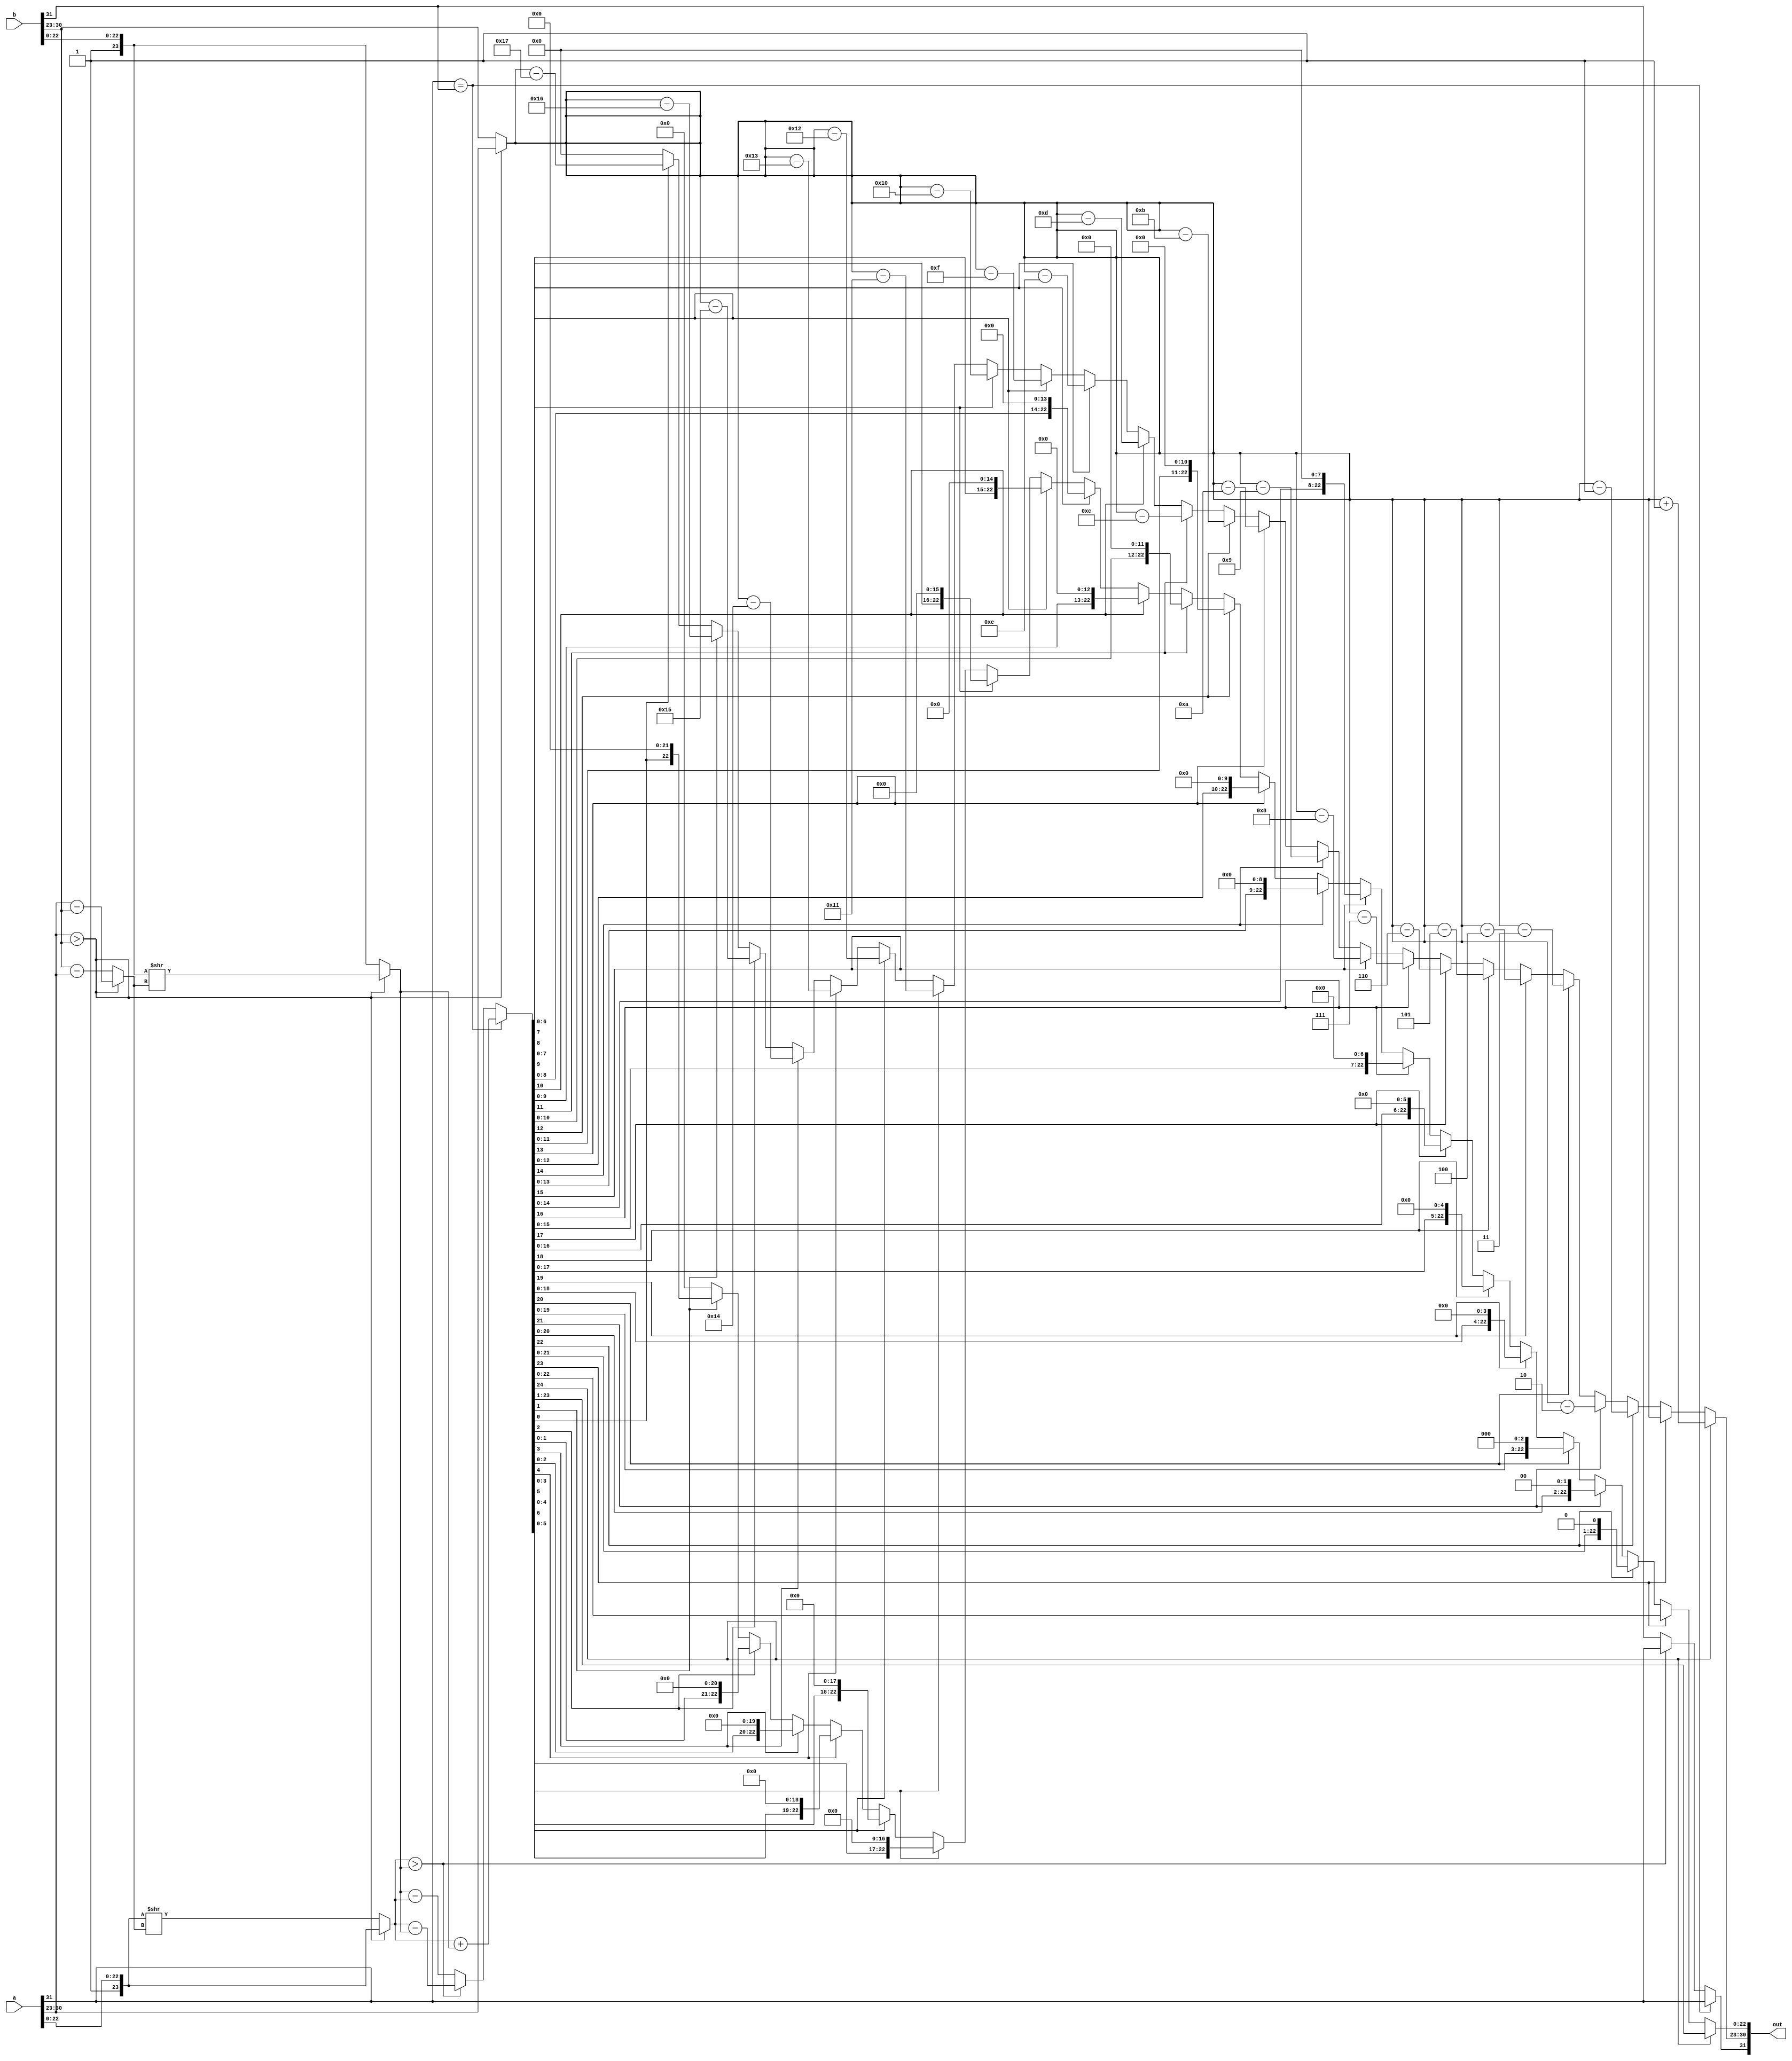
module cong_32bit(a,b,out);

input [31:0] a,b;
output reg [31:0] out;
//output reg [7:0] out_fa2,out_fb2;
//output reg [24:0] out_sum;

wire [7:0] ea,eb,number,mu;
wire [23:0] fa,fb;
reg [24:0] sum;
reg [23:0] fa2,fb2;


assign ea = a[30:23]   ;
assign eb = b[30:23] ;
assign number = (ea > eb) ? ea-eb : eb-ea;
assign mu = (ea > eb) ? ea  : eb ;


assign fa[22:0] = a[22:0];
assign fa[23] = 1'b1;
assign fb[22:0] = b[22:0];
assign fb[23] = 1'b1;




always@ (*)
begin
		//Dua ve cho cung so E
		if (ea > eb)
			begin
				fb2 = fb >> number;
				fa2 = fa;
			end
		else 
			begin
				fa2 = fa >> number;
				fb2 = fb;		
			end
		
		
		//out_fa2 = number;
		//out_fb2 = mu;
		
		//Neu 2 so cung dau S
		if (a[31] == b[31])
			begin
				sum = fa2 + fb2 ;	
				out[31] = a[31] ;	
			end		
		else	// Neu hai so khac dau S
			begin
				if(fa2 > fb2)
					begin
						sum = fa2 - fb2 ;
						out[31] = a[31];
					end
				else
					begin
						sum = fb2 - fa2;
						out[31] = b[31];
				   end
				
			end
			//normalise ket qua, check overflow
			if(sum[24] == 1)
				begin
					out[22:0] = sum[23:1];
					out[30:23] = mu  + 8'd1 ; 
				end
			else if(sum[23] == 1 )
				begin
					out[22:0] = sum[22:0];
					out[30:23] = mu  ; 
				end
			else if(sum[22] == 1 )
				begin
					out[22:0] = {sum[21:0],1'd0};
					out[30:23] = mu - 8'd1; 
				end
				
				
			else if(sum[21] == 1 )
				begin
					out[22:0] = {sum[20:0],2'd0};
					out[30:23] = mu - 8'd2; 
				end
			else if(sum[20] == 1 )
				begin
					out[22:0] = {sum[19:0],3'd0};
					out[30:23] = mu - 8'd3; 
				end
			else if(sum[19] == 1 )
				begin
					out[22:0] = {sum[18:0],4'd0};
					out[30:23] = mu - 8'd4; 
				end
			else if(sum[18] == 1 )
				begin
					out[22:0] = {sum[17:0],5'd0};
					out[30:23] = mu - 8'd5; 
				end
			else if(sum[17] == 1 )
				begin
					out[22:0] = {sum[16:0],6'd0};
					out[30:23] = mu - 8'd6; 
				end
			else if(sum[16] == 1 )
				begin
					out[22:0] = {sum[15:0],7'd0};
					out[30:23] = mu - 8'd7; 
				end
			else if(sum[15] == 1 )
				begin
					out[22:0] = {sum[14:0],8'd0};
					out[30:23] = mu - 8'd8; 
				end
			else if(sum[14] == 1 )
				begin
					out[22:0] = {sum[13:0],9'd0};
					out[30:23] = mu - 8'd9; 
				end
			else if(sum[13] == 1 )
				begin
					out[22:0] = {sum[12:0],10'd0};
					out[30:23] = mu - 8'd10; 
				end
			else if(sum[12] == 1 )
				begin
					out[22:0] = {sum[11:0],11'd0};
					out[30:23] = mu - 8'd11; 
				end
			else if(sum[11] == 1 )
				begin
					out[22:0] = {sum[10:0],12'd0};
					out[30:23] = mu - 8'd12; 
				end
			else if(sum[10] == 1 )
				begin
					out[22:0] = {sum[9:0],13'd0};
					out[30:23] = mu - 8'd13; 
				end
			else if(sum[9] == 1 )
				begin
					out[22:0] = {sum[8:0],14'd0};
					out[30:23] = mu - 8'd14; 
				end
			else if(sum[8] == 1 )
				begin
					out[22:0] = {sum[7:0],15'd0};
					out[30:23] = mu - 8'd15; 
				end
			else if(sum[7] == 1 )
				begin
					out[22:0] = {sum[6:0],16'd0};
					out[30:23] = mu - 8'd16; 
				end
			else if(sum[6] == 1 )
				begin
					out[22:0] = {sum[5:0],17'd0};
					out[30:23] = mu - 8'd17; 
				end
			else if(sum[5] == 1 )
				begin
					out[22:0] = {sum[4:0],18'd0};
					out[30:23] = mu - 8'd18; 
				end
			else if(sum[4] == 1 )
				begin
					out[22:0] = {sum[3:0],19'd0};
					out[30:23] = mu - 8'd19; 
				end
			else if(sum[3] == 1 )
				begin
					out[22:0] = {sum[2:0],20'd0};
					out[30:23] = mu - 8'd20; 
				end
			else if(sum[2] == 1 )
				begin
					out[22:0] = {sum[1:0],21'd0};
					out[30:23] = mu - 8'd21; 
				end
			else if(sum[1] == 1 )
				begin
					out[22:0] = {sum[0],22'd0};
					out[30:23] = mu - 8'd22; 
				end
			else if(sum[0] == 1 )
				begin
					out[22:0] = {23'd0};
					out[30:23] = mu - 8'd23; 
				end
			else out[30:0] = 31'b0;
			
				
	
		//out_sum=sum;

			
	
end



endmodule